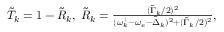
\begin{array} { r } { \tilde { T } _ { k } = 1 - \tilde { R } _ { k } , \; \tilde { R } _ { k } = \frac { ( \tilde { \Gamma } _ { k } / 2 ) ^ { 2 } } { ( \omega _ { k } ^ { + } - \omega _ { e } - \tilde { \Delta } _ { k } ) ^ { 2 } + ( \tilde { \Gamma } _ { k } / 2 ) ^ { 2 } } , } \end{array}